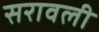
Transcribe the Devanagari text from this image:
सरावली